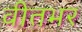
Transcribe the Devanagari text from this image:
वीतभर